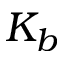
K _ { b }